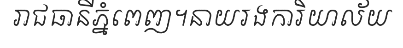
រាជធានីភ្នំពេញ។នាយរងការិយាល័យ